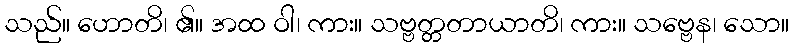
သည်။ ဟောတိ၊ ၏။ အထ ဝါ၊ ကား။ သဗ္ဗတ္တတာယာတိ၊ ကား။ သဗ္ဗေန၊ သော။